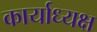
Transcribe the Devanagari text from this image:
कार्याध्‍यक्ष